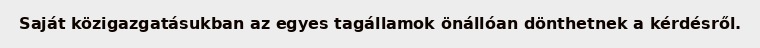
Saját közigazgatásukban az egyes tagállamok önállóan dönthetnek a kérdésről.